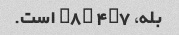
بله، l8v 4b7 است.